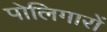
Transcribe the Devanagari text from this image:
पोलिगारों